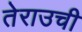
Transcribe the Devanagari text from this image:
तेराउची